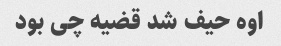
اوه حیف شد قضیه چی بود